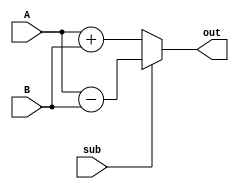
module addSubstractor(sub,A, B, out);
	input sub;
	input [7:0] A, B;
	output reg [8:0] out;
	
	always @(sub or A or B)
	begin
		if(sub)
			out = A - B;
		else
			out = A + B;
	end
endmodule